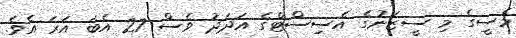
މެސީގެ މި ސީޒަނުގެ އެސިސްޓްގެ އަދަދު ވެސް 27 އެބަ އަރަ އެވެ.